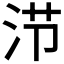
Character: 𰛤